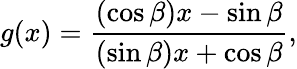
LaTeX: g(x)={\frac{(\cos\beta)x-\sin\beta}{(\sin\beta)x+\cos\beta}},